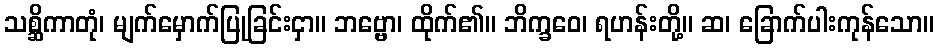
သစ္ဆိကာတုံ၊ မျက်မှောက်ပြုခြင်းငှာ။ ဘဗ္ဗော၊ ထိုက်၏။ ဘိက္ခဝေ၊ ရဟန်းတို့။ ဆ၊ ခြောက်ပါးကုန်သော။